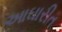
આઘારીત